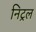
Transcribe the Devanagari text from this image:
निट्रल